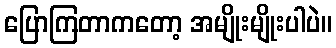
ပြောကြတာကတော့ အမျိုးမျိုးပါပဲ။